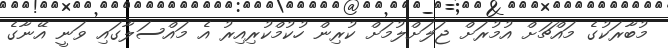
މުބާރަކުގެ މައްޗަށް އުމުރަށް ޖަލަށްލުމަށް ކުރިން ހުކުމްކުރިއިރު އެ މައްސަލާގައި ވަނީ އޭނާގެ